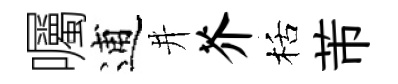
囑逋井芥栝芾